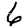
Digit: 6